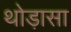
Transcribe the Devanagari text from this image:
थोड़ासा